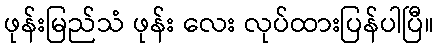
ဖုန်းမြည်သံ ဖုန်း လေး လုပ်ထားပြန်ပါပြီ။